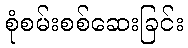
စုံစမ်းစစ်ဆေးခြင်း